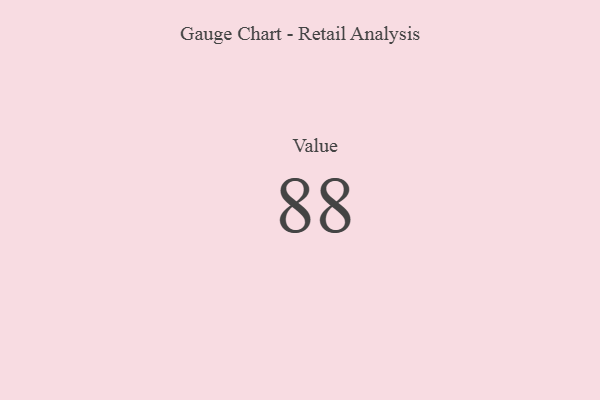
{"axis": {"x": "Metric", "y": "Value"}, "legend": [""], "data": [{"x": "Value", "y": 88, "type": ""}]}